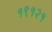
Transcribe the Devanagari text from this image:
१९१२१